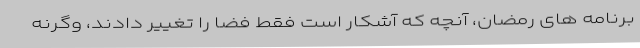
برنامه های رمضان، آنچه که آشکار است فقط فضا را تغییر دادند، وگرنه